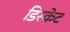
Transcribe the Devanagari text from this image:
डिस्केट